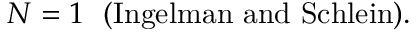
N = 1 \ \ \mathrm { ( I n g e l m a n ~ a n d ~ S c h l e i n ) } .